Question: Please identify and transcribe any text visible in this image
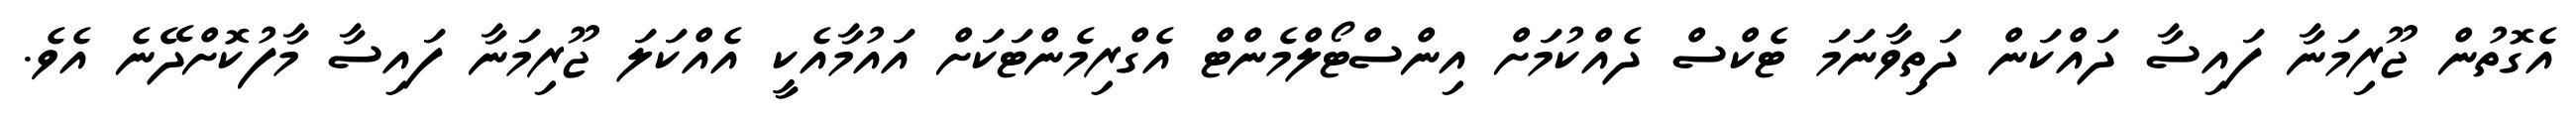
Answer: އެގޮތުން ޖޫރިމަނާ ފައިސާ ދައްކަން ދަތިވާނަމަ ޓެކްސް ދެއްކުމަށް އިންސްޓޯލްމެންޓް އެގްރިމެންޓަކަށް އައުމާއެކީ އެއްކަލަ ޖޫރިމަނާ ފައިސާ މާފުކޮށްދޭނެ އެވެ.